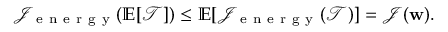
\mathcal { J } _ { \mathrm { ~ e ~ n ~ e ~ r ~ g ~ y ~ } } ( \mathbb { E } [ \mathcal { T } ] ) \le \mathbb { E } [ \mathcal { J } _ { \mathrm { ~ e ~ n ~ e ~ r ~ g ~ y ~ } } ( \mathcal { T } ) ] = \mathcal { J } ( \mathbf { w } ) .